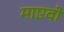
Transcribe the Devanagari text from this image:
माएवो